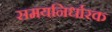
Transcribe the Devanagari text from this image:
समयनिर्धारक